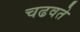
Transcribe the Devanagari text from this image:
चढवते